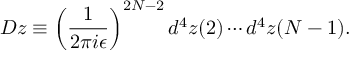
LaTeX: { \cal D } z \equiv \left( { \frac { 1 } { 2 \pi i \epsilon } } \right) ^ { 2 N - 2 } d ^ { 4 } z ( 2 ) \cdots d ^ { 4 } z ( N - 1 ) .